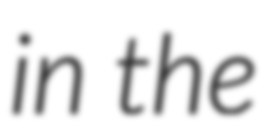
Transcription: in the